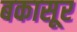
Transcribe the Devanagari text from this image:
बकासूर